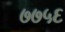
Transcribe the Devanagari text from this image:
७७५६